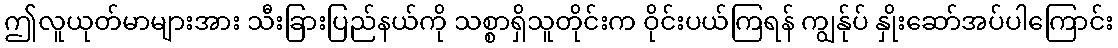
ဤလူယုတ်မာများအား သီးခြားပြည်နယ်ကို သစ္စာရှိသူတိုင်းက ဝိုင်းပယ်ကြရန် ကျွန်ုပ် နှိုးဆော်အပ်ပါကြောင်း